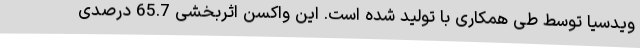
ویدسیا توسط طی همکاری با تولید شده است. این واکسن اثربخشی 65.7 درصدی